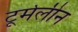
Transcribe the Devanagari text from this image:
टूर्मलीन